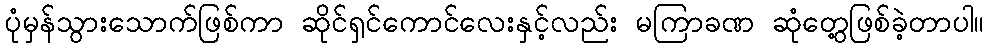
ပုံမှန်သွားသောက်ဖြစ်ကာ ဆိုင်ရှင်ကောင်လေးနှင့်လည်း မကြာခဏ ဆုံတွေ့ဖြစ်ခဲ့တာပါ။